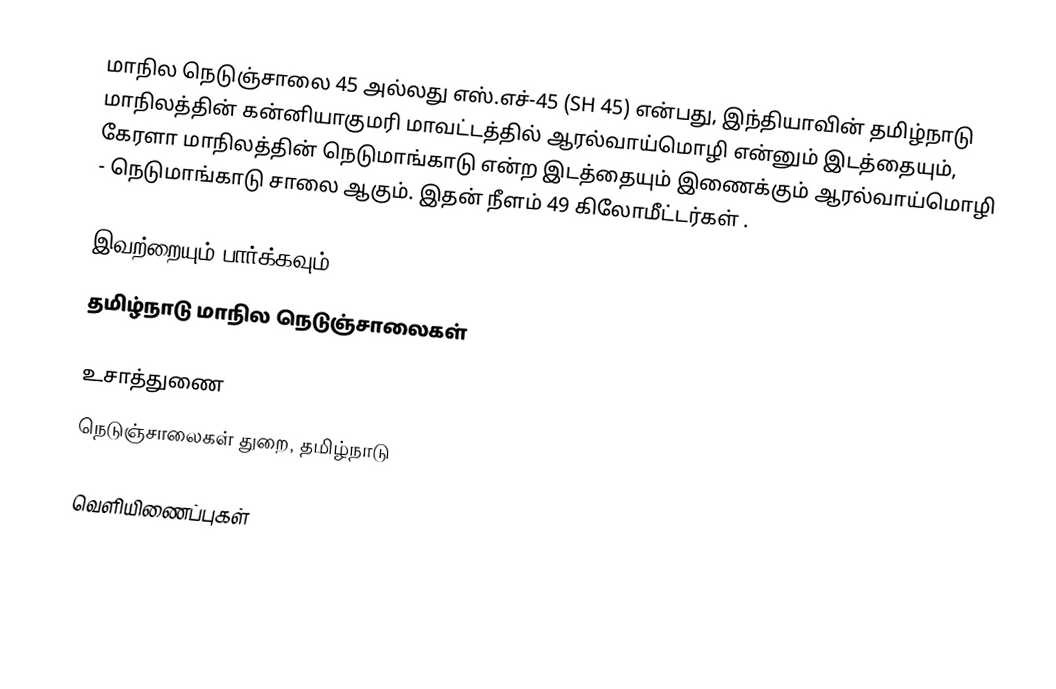
மாநில நெடுஞ்சாலை 45 அல்லது எஸ்.எச்-45 (SH 45) என்பது, இந்தியாவின் தமிழ்நாடு மாநிலத்தின் கன்னியாகுமரி மாவட்டத்தில் ஆரல்வாய்மொழி என்னும் இடத்தையும், கேரளா மாநிலத்தின் நெடுமாங்காடு என்ற இடத்தையும் இணைக்கும் ஆரல்வாய்மொழி - நெடுமாங்காடு சாலை ஆகும். இதன் நீளம் 49  கிலோமீட்டர்கள் .

இவற்றையும் பார்க்கவும்
 தமிழ்நாடு மாநில நெடுஞ்சாலைகள்

உசாத்துணை
 நெடுஞ்சாலைகள் துறை, தமிழ்நாடு

வெளியிணைப்புகள்